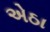
એઠા